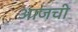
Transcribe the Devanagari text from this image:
अाजची